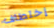
إختطاف